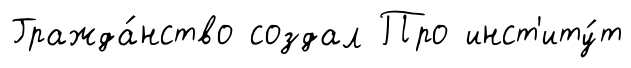
Гражда́нство создал Про инст'иту́т